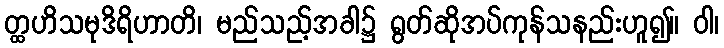
တ္ထဟိသမုဒိရိဟာတိ၊ မည်သည့်အခါ၌ ရွတ်ဆိုအပ်ကုန်သနည်းဟူ၍။ ဝါ၊